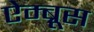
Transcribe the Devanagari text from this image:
ऐम्ब्रूस